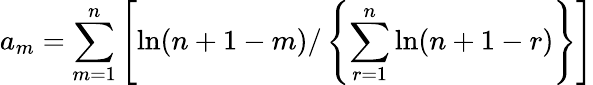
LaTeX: a_{m}=\sum_{m=1}^{n}\left[\ln(n+1-m)/\left\{ \sum_{r=1}^{n}\ln(n+1-r)\right\} \right]